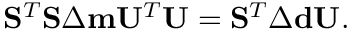
\begin{array} { r } { \mathbf { S } ^ { T } \mathbf { S } \Delta \mathbf { m } \mathbf { U } ^ { T } \mathbf { U } = \mathbf { S } ^ { T } \Delta \mathbf { d } \mathbf { U } . } \end{array}